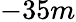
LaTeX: -35m